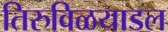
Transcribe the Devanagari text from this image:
तिरुविळयाडल